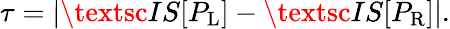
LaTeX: \tau=\left|\textsc{IS}[P_{\mathrm{L}}]-\textsc{IS}[P_{\mathrm{R}}]\right|.